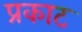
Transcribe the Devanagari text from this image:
प्रकाट